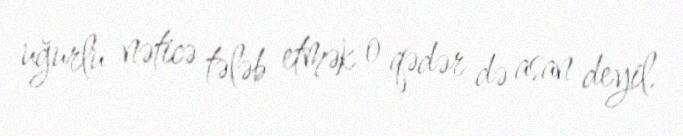
uğurlu nəticə tələb etmək o qədər də asan deyil.